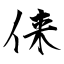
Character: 俫